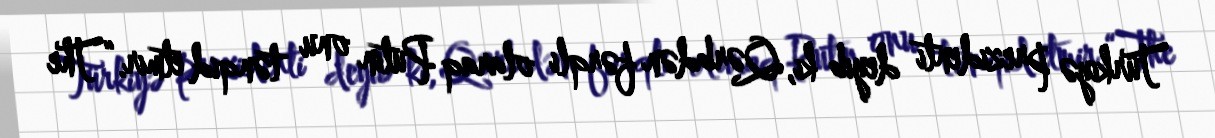
Türkiyə prezidenti deyib ki, Qərbdən fərqli olaraq Putin onu tənqid etmir.“The